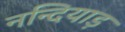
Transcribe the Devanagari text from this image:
नन्दियाड़